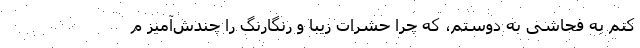
کنم به فحاشی به دوستم، که چرا حشرات زیبا و رنگارنگ را چندش‌آمیز م